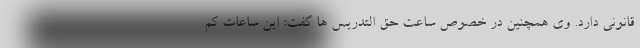
قانونی دارد. وی همچنین در خصوص ساعت حق التدریس ها گفت: این ساعات کم